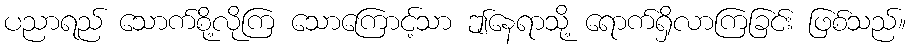
ပညာရည် သောက်စို့လိုကြ သောကြောင့်သာ ဤနေရာသို့ ရောက်ရှိလာကြခြင်း ဖြစ်သည်။